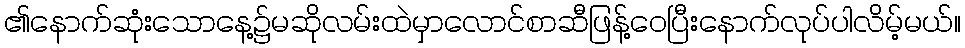
၏နောက်ဆုံးသောနေ့၌မဆိုလမ်းထဲမှာလောင်စာဆီဖြန့်ဝေပြီးနောက်လုပ်ပါလိမ့်မယ်။